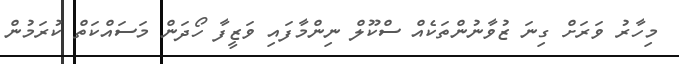
މިހާރު ވަރަށް ގިނަ ޒުވާނުންތަކެއް ސްކޫލް ނިންމާފައި ވަޒީފާ ހޯދަން މަސައްކަތް ކުރަމުން